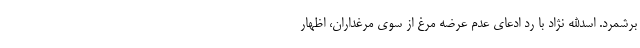
برشمرد. اسدالله نژاد با رد ادعای عدم عرضه مرغ از سوی مرغداران، اظهار